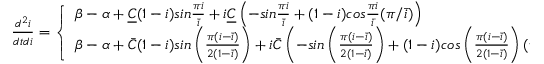
\begin{array} { r } { \frac { d ^ { 2 } i } { d t d i } = \left\{ \begin{array} { l l l } { { \beta - \alpha + \underline { { C } } ( 1 - i ) s i n { \frac { \pi i } { \bar { i } } } + i \underline { { C } } \left( - s i n { \frac { \pi i } { \bar { i } } } + ( 1 - i ) c o s { \frac { \pi i } { \bar { i } } } ( \pi / \bar { i } ) \right) } } & { \mathrm { ~ i ~ f ~ } i < { \bar { i } } } \\ { { \beta - \alpha + \bar { C } ( 1 - i ) s i n \left( { \frac { \pi ( i - \bar { i } ) } { 2 ( 1 - \bar { i } ) } } \right) + i \bar { C } \left( - s i n \left( { \frac { \pi ( i - \bar { i } ) } { 2 ( 1 - \bar { i } ) } } \right) + ( 1 - i ) c o s \left( { \frac { \pi ( i - \bar { i } ) } { 2 ( 1 - \bar { i } ) } } \right) ( \pi / \bar { i } ) \right) } } & { \mathrm { ~ i ~ f ~ } i > { \bar { i } } } \end{array} \right. } \end{array}